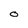
Character: O